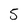
Character: 5